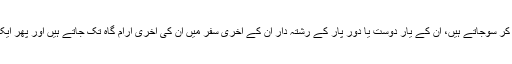
وہاں چونکہ فیملی سسٹم دن بدن ٹوٹ رہا ہے چنانچہ ایک دن یہ عوام قسطیں اتارتے اتارتے زمین اوڑھ کر سوجاتے ہیں، ان کے یار دوست یا دور پار کے رشتہ دار ان کے آخری سفر میں ان کی آخری آرام گاہ تک جاتے ہیں اور پھر ایک دن انہیں بھی ان کے دوست احباب اور دور پار کے رشتہ دار وہاں لے جاکر سپرد خاک کردیتے ہیں۔